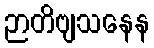
ဉာတိဗျသနေန